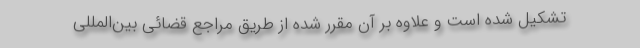
تشکیل شده است و علاوه بر آن مقرر شده از طریق مراجع قضائی بین‌المللی